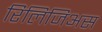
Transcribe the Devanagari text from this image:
रिलिजिअस